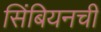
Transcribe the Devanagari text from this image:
सिंबियनची